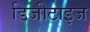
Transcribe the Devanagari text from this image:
डिजीटाइज